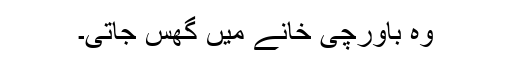
وہ باورچی خانے میں گھس جاتی۔